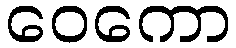
ဝေကော